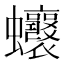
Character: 𧖗